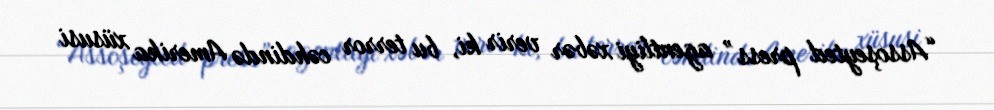
“Assoşeyted press” agentliyi xəbər verir ki, bu terror cəhdində Amerika xüsusi